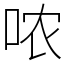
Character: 哝